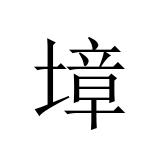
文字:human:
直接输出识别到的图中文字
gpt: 墇